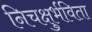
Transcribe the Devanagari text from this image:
निचक्षुर्भविता